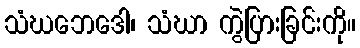
သံဃဘေဒေါ၊ သံဃာ ကွဲပြားခြင်းကို။